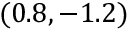
( 0 . 8 , - 1 . 2 )